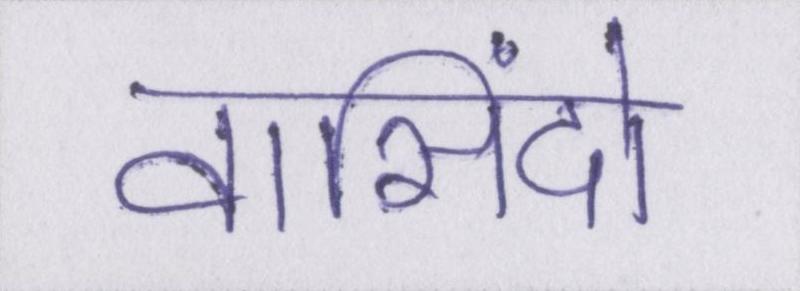
वासिंदो